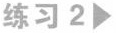
练习2▶